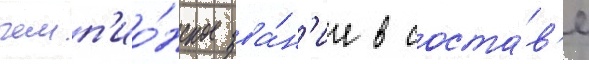
чемп'ио́нское зва́н'ие в соста́в'е